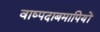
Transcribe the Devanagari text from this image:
वाष्पदाबमापियों